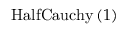
\mathrm { H a l f C a u c h y } \left( 1 \right)